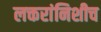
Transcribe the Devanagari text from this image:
लक्तरांनिशीच